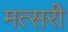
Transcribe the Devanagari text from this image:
मत्सरी